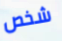
شخص